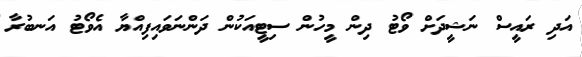
އަދި ރައީސް ނަޝީދަށް ވޯޓު ދިން މީހުން ސިޓީއަކުން ދަންނަވައިފިއްޔާ އެވޯޓު އަނބުރާ